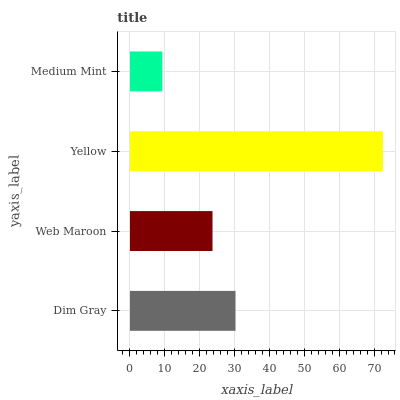
| yaxis_label | bars |
 | --- | --- |
 | Dim Gray | 30.3 |
 | Web Maroon | 23.7 |
 | Yellow | 72.5 |
 | Medium Mint | 9.29 |